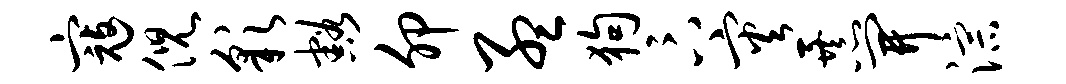
寇倪彩豁卯孟狗卞灾暴开淙